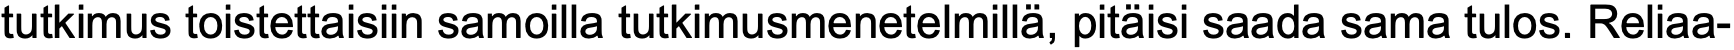
tutkimus toistettaisiin samoilla tutkimusmenetelmillä, pitäisi saada sama tulos. Reliaa-